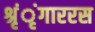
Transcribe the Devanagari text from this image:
श्रृंृंगाररस